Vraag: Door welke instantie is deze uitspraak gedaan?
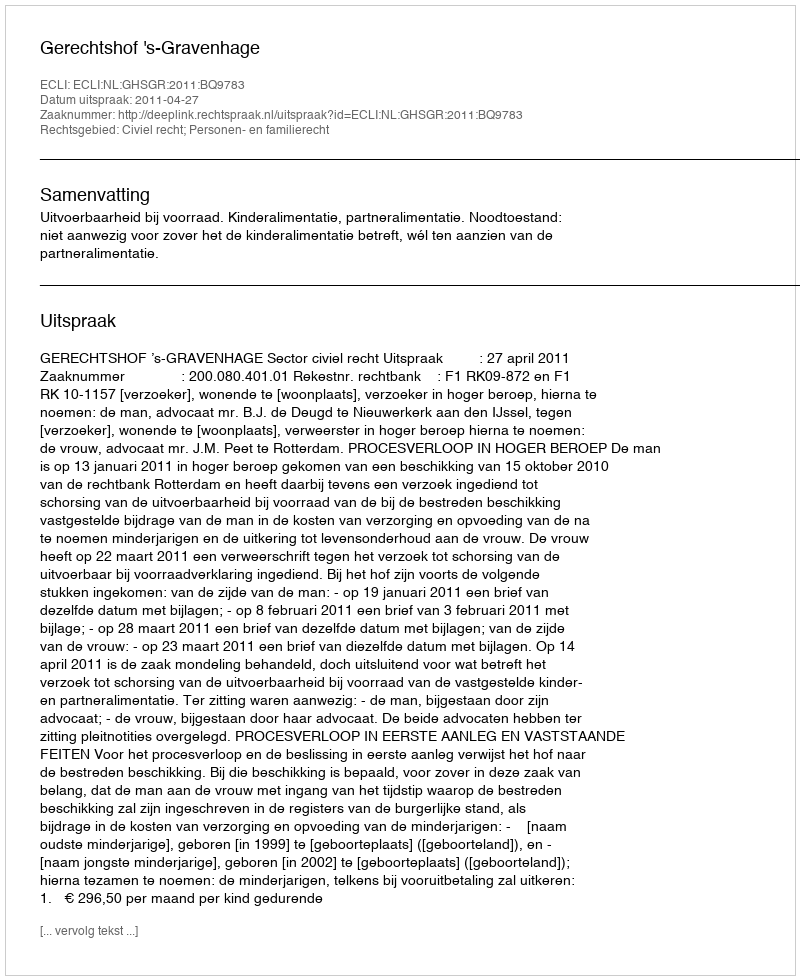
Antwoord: Gerechtshof 's-Gravenhage